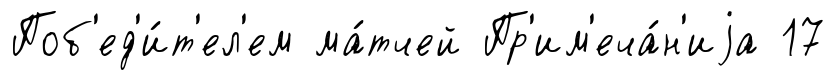
Поб'ед'и́т'ел'ем ма́тчей Пр'им'еча́н'иjа 17